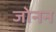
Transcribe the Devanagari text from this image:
जोनन